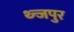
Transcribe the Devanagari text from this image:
थ्न्जपुर